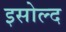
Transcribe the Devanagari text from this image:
इसोल्द